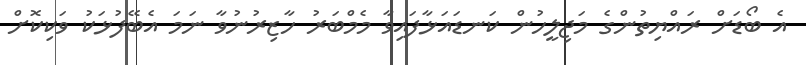
އެ ބޯޑަށް ރައްޔިތުންގެ މަޖިލީހުން ކަނޑައަޅާފައިވާ މެމްބަރު ހާޒިރުނުވާ ނަމަ އެބޭފުޅަކު ވަކިކޮށް